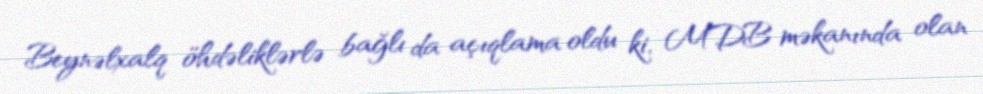
Beynəlxalq öhdəliklərlə bağlı da açıqlama oldu ki, MDB məkanında olan